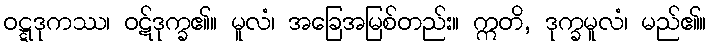
ဝဋ္ဋဒုကဿ၊ ဝဋ်ဒုက္ခ၏။ မူလံ၊ အခြေအမြစ်တည်း။ ဣတိ, ဒုက္ခမူလံ၊ မည်၏။